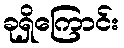
ခုရှိကြောင်း